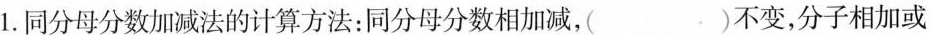
1.同分母分数加减法的计算方法：同分母分数相加减，( )不变，分子相加或